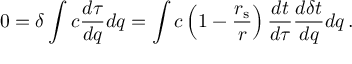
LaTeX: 0 = \delta \int { c { \frac { d \tau } { d q } } d q } = \int { c \left( 1 - { \frac { r _ { \mathrm { { s } } } } { r } } \right) { \frac { d t } { d \tau } } { \frac { d \delta t } { d q } } d q } \, .